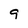
Character: 9